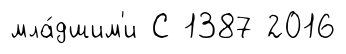
мла́дшим'и С 1387 2016